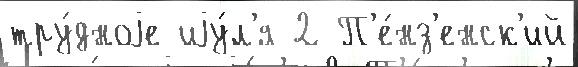
тру́дноjе иjу́л'я 2 П'е́нз'енск'ий